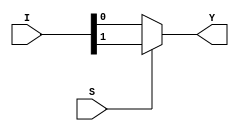
module mux_2_1_df(Y, I, S);
  input [1:0]I;
  input S;
  output Y;
  
  assign Y = S?I[1]:I[0];
  
endmodule